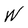
Character: W